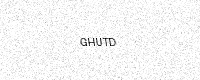
Text: GHUTD